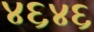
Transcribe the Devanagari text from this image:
४६४६